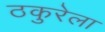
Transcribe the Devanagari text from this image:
ठकुरेला